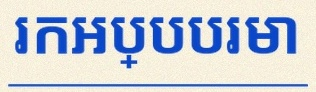
រកអប្បបរមា